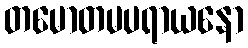
တမောတမပရာယနော